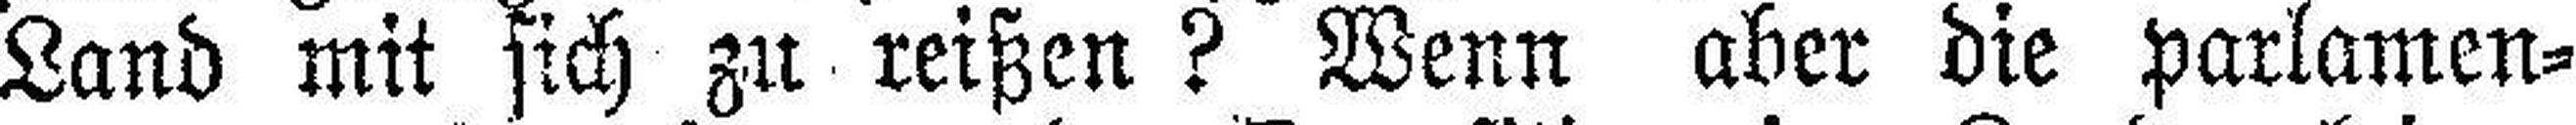
Land mit sich zu reißen? Wenn aber die parlamen¬